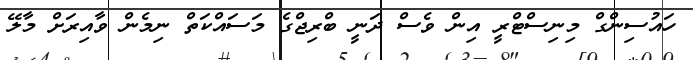
ހައުސިންގް މިނިސްޓްރީ އިން ވެސް ދަނީ ބްރިޖްގެ މަސައްކަތް ނިމެން ވާއިރަށް މާލޭ